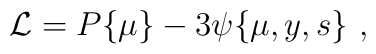
{\cal L}=P\{\mu\}-3{\psi}\{\mu,y,s\}\ ,